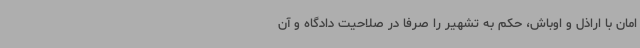
امان با اراذل و اوباش، حکم به تشهیر را صرفا در صلاحیت دادگاه و آن